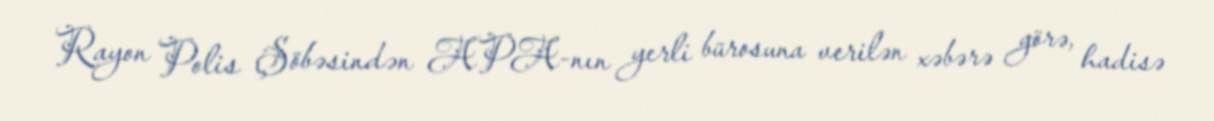
Rayon Polis Şöbəsindən APA-nın yerli bürosuna verilən xəbərə görə, hadisə